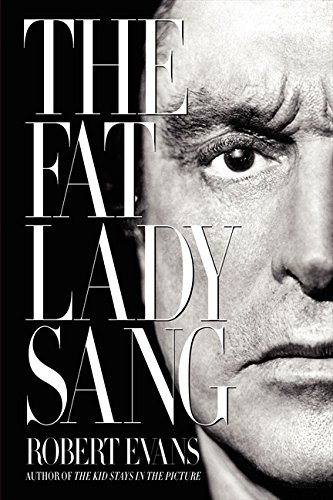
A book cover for The Fat Lady Sang; Robert Evans; Health, Fitness & Dieting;